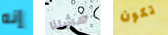
إنه فشلنا تكون